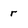
Character: r